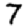
Digit: 7